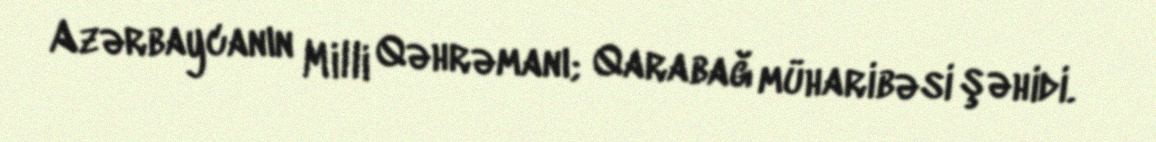
Azərbaycanın Milli Qəhrəmanı; Qarabağ müharibəsi şəhidi.